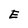
Character: E